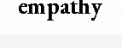
empathy